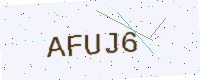
Text: AFUJ6